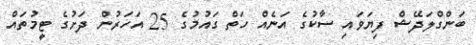
ބަންގްލަދޭޝް ފިޔަވައި ސާކުގެ އަނެއް ހަތް ގައުމުގެ 25 އަހަރުން ދަށުގެ ޓީމުތައް